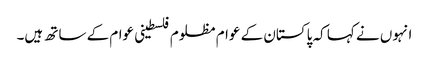
انہوں نے کہا کہ پاکستان کے عوام مظلوم فلسطینی عوام کے ساتھ ہیں۔